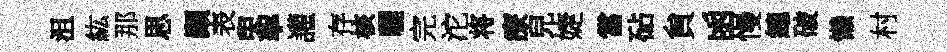
沮紘那思顚表臾挐讙存核曬完沱将療兒婕當砧貟函慢總破懒村